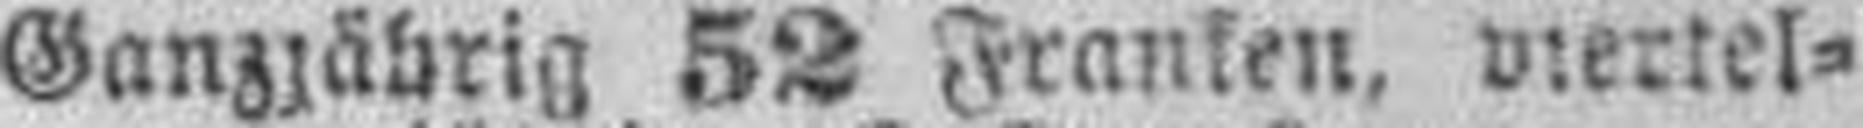
Ganzjährig 52 Franken, viertel¬